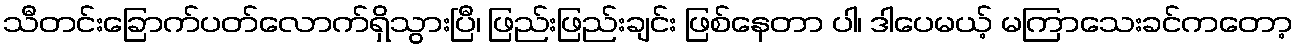
သီတင်းခြောက်ပတ်လောက်ရှိသွားပြီ၊ ဖြည်းဖြည်းချင်း ဖြစ်နေတာ ပါ၊ ဒါပေမယ့် မကြာသေးခင်ကတော့